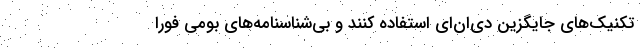
تکنیک‌های جایگزین دی‌ان‌ای استفاده کنند و بی‌شناسنامه‌های بومی فوراً